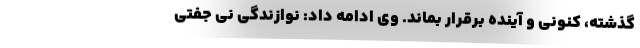
گذشته، کنونی و آینده برقرار بماند. وی ادامه داد: نوازندگی نی جفتی